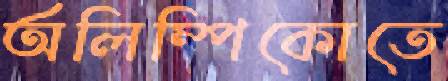
অলিম্পিকোতে